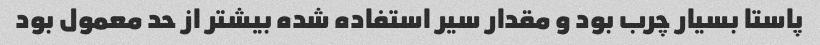
پاستا بسیار چرب بود و مقدار سیر استفاده شده بیشتر از حد معمول بود